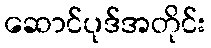
ဆောင်ပုဒ်အတိုင်း